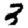
Digit: 3